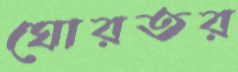
ঘোরতর